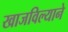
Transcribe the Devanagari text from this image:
खाजविल्याने